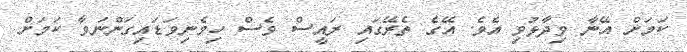
ކަމަށް އޭނާ ވިދާޅުވި އެވެ. އޭގެ ތެރޭގައި ރައީސް ވެސް ހިމެނިވަޑައިގަންނަވާ ކަމަށް